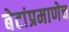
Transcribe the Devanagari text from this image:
बेटांप्रमाणेच